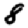
Digit: 8